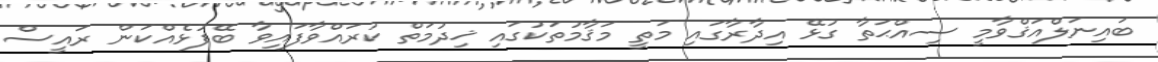
ބައިނަލްއަޤްވާމީ ސިއްޙަތާ ގުޅޭ އިދާރާގައި މަތީ މަޤާމުތަކުގައި ޚިދުމަތް ކުރައްވާފައިވާ ބޭފުޅެއްކަން ރައީސް